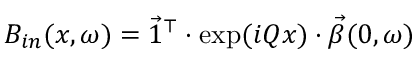
B _ { i n } ( x , \omega ) = \vec { 1 } ^ { \top } \cdot \exp ( i Q x ) \cdot \vec { \beta } ( 0 , \omega )